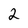
Character: 2